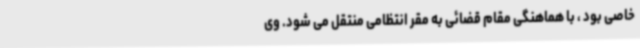
خاصی بود ، با هماهنگی مقام قضائی به مقر انتظامی منتقل می شود. وی